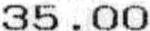
35.00